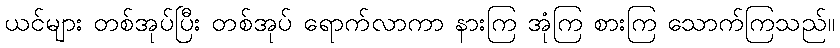
ယင်များ တစ်အုပ်ပြီး တစ်အုပ် ရောက်လာကာ နားကြ အုံကြ စားကြ သောက်ကြသည်။